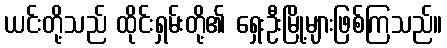
ယင်းတို့သည် ထိုင်းရှမ်းတို့၏ ရှေးဦးမြို့များဖြစ်ကြသည်။